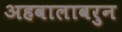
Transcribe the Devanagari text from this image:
अहवालावरुन